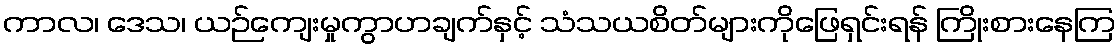
ကာလ၊ ဒေသ၊ ယဉ်ကျေးမှုကွာဟချက်နှင့် သံသယစိတ်များကိုဖြေရှင်းရန် ကြိုးစားနေကြ